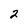
Character: 2